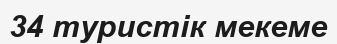
34 туристік мекеме